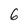
Character: 6